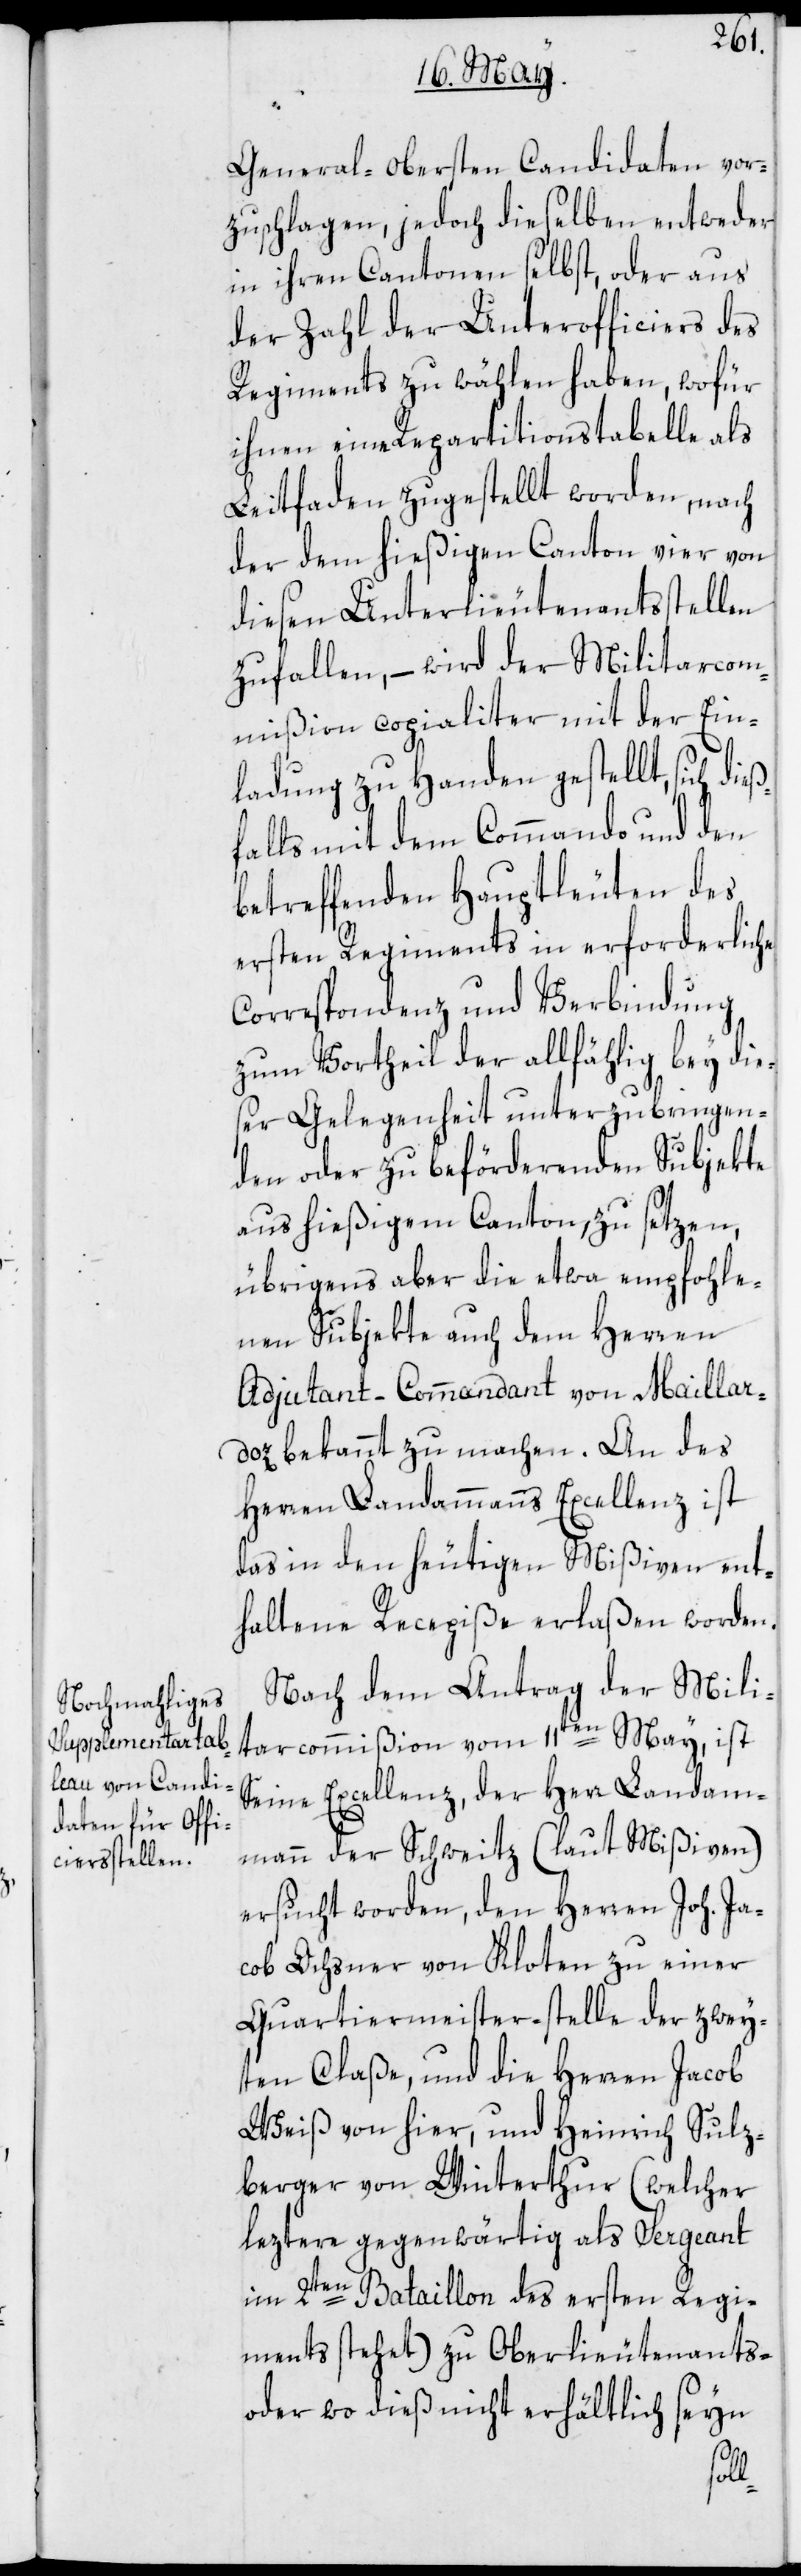
General-Obersten Candidaten vor¬
zuschlagen, jedoch dieselben entweder
in ihren Cantonen selbst, oder aus
der Zahl der Unterofficiers des
Regiments zu wählen haben, wofür
ihnen eine Repartitionstabelle als
Leitfaden zugestellt worden, nach
der dem hießigen Canton vier von
diesen Unterlieutenatsstellen
zufallen, – wird der Militarcom¬
mißion copialiter mit der Ein¬
ladung zu Handen gestellt, sich di¬
falls mit dem Commando und den
betreffenden Hauptleuten des
ersten Regiments in erforderliche
Correspondenz und Verbindung
zum Vortheil der allfählig bey die¬
ser Gelegenheit unterzubringen¬
den oder zu beförderenden Subjekte
aus hießigem Canton, zu setzen,
übrigens aber die etwa empfohle¬
nen Subjekte auch dem Herren
Adjudant-Commandant von Maillar¬
doz bekannt zu machen. An des
Herren Landammanns Excellenz ist
das in den heutigen Mißiven ent¬
haltene Recepiße erlaßen worden.
Nach dem Antrag der Mili¬
tarcommißion vom 11ten May, ist
Seine Excellenz, der Herr Landam¬
mann der Schweitz (laut Mißiven)
ersucht worden, den Herren Joh. Ja¬
cob Ochsner von Kloten zu einer
Quartiermeister-stelle der zwey¬
ten Claße, und die Herren Jacob
Weiß von hier, und Heinrich Sulz¬
berger von Winterthur (welcher
leztere gegenwärtig als Sergeant
im 2ten Bataillon des ersten Regi¬
ments stehet) zu Oberlieutenants-
oder wo dieß nicht erhältlich seyn
eß¬